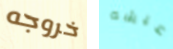
خروجه عيشه